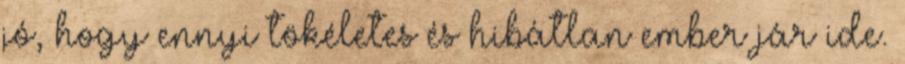
jó, hogy ennyi tökéletes és hibátlan ember jár ide.